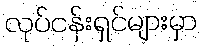
လုပ်ငန်းရှင်များမှာ